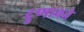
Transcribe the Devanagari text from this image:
दुणावते